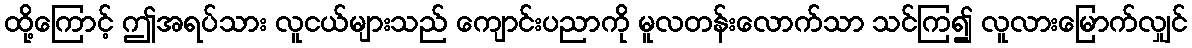
ထို့ကြောင့် ဤအရပ်သား လူငယ်များသည် ကျောင်းပညာကို မူလတန်းလောက်သာ သင်ကြ၍ လူလားမြောက်လျှင်